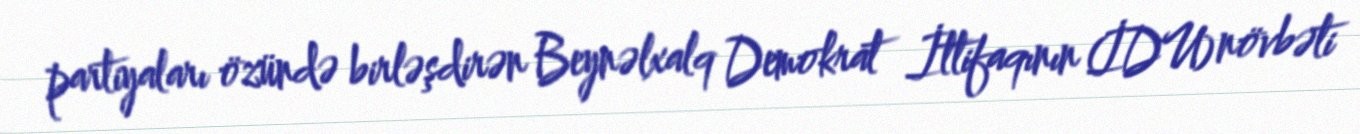
partiyaları özündə birləşdirən Beynəlxalq Demokrat İttifaqının (İDU) növbəti